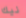
نيك